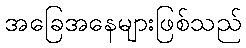
အခြေအနေများဖြစ်သည်